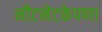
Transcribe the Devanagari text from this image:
नीटनेटकेपणा